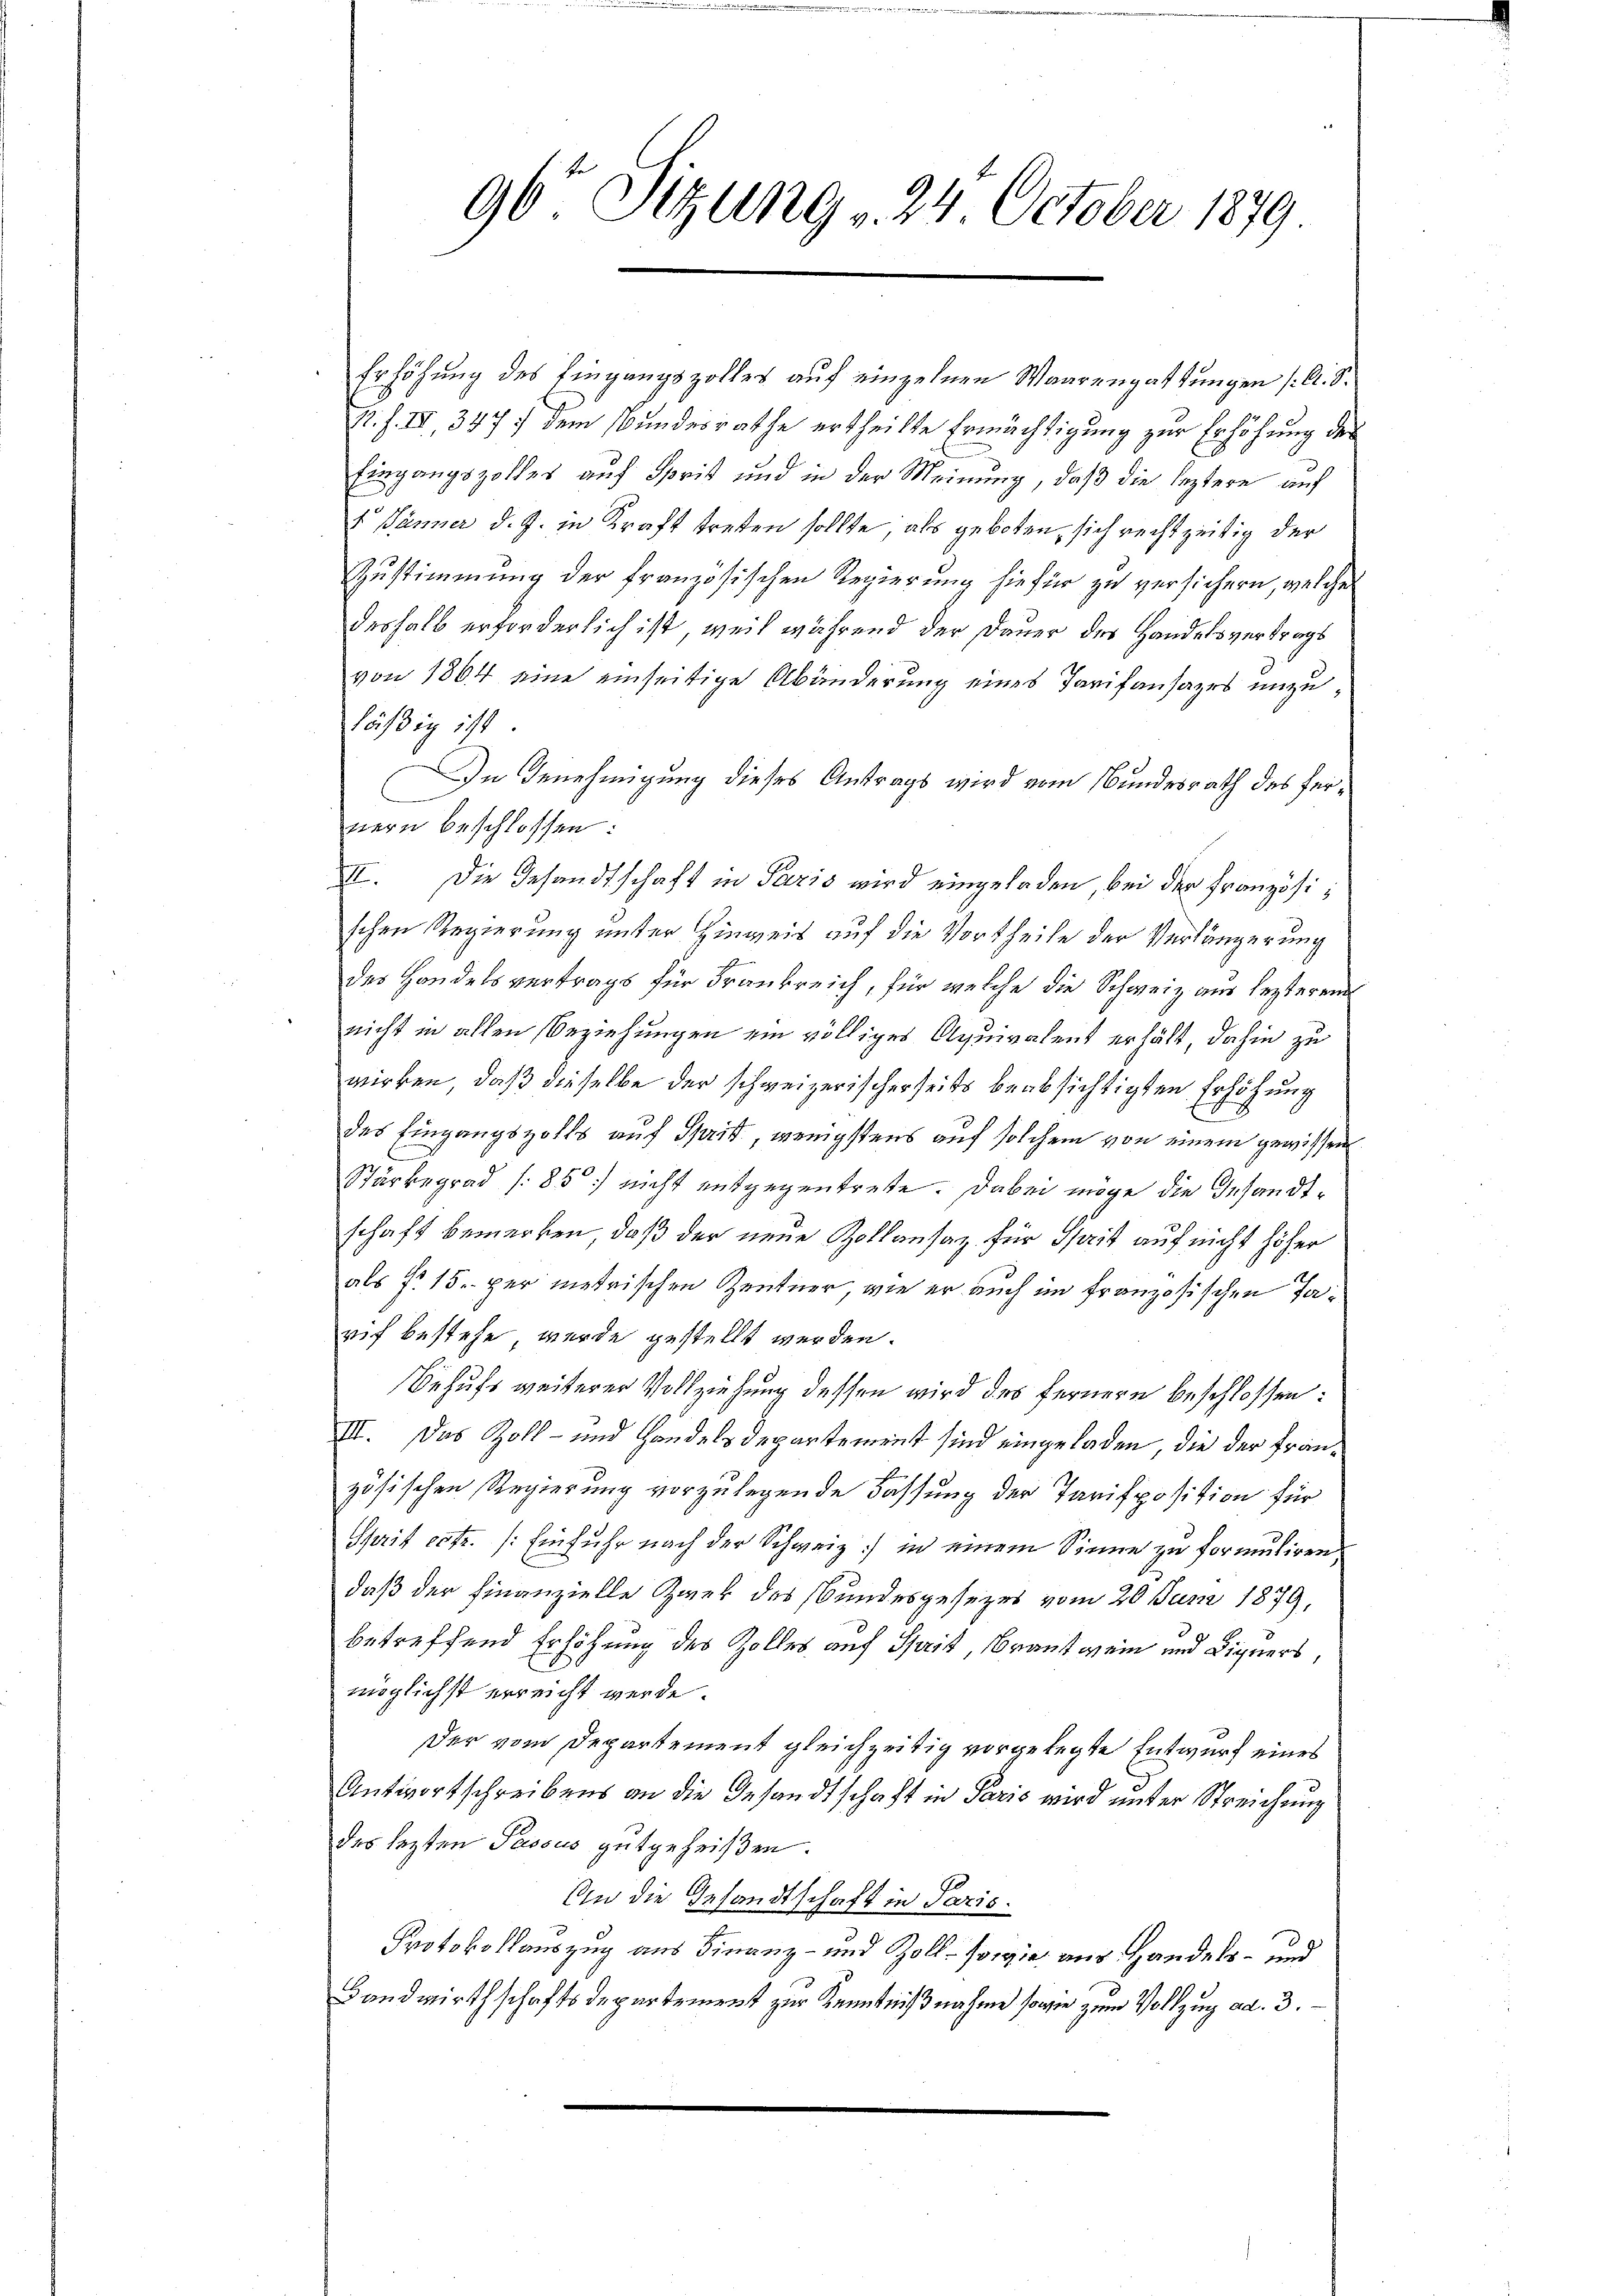
96t Sitzung v. 24. October 1879

Erhöhung des Eingangszolles auf einzelnen Waarengattungen /: A. S.
R. f. IV, 347 dem Bundesrathe ertheilte Ermächtigung zur Erhöhung des
Eingangszolles auf Sprit und in der Meinung, daß die leztere auf
1 Jänner d. J. in Kraft treten sollte, als geboten, sich rechtzeitig der
Zustimmung der französischen Regierung hiefür zu versichern, welche
deshalb erforderlich ist, weil während der Dauer des Handelsvertrags
von 1864 eine einseitige Abänderung eines Tarifansazes unzuläßig ist
In Genehmigung dieses Antrags wird vom Bundesrath des fernern beschlossen:
II. Die Gesandtschaft in Paris wird eingeladen, bei der Französischen Regierung unter Hinweit auf die Vortheile der Verlängerung
E
des Handelsvertrags für Frankreich, für welche die Schweiz aus lezterem
nicht in allen Beziehungen ein völliges Aquivalent erhält, dahin zu
wirken, daß dieselbe der schweizerischerseits beabsichtigten Erhöhung
des Eingangszolls auf Sprit, wenigstens auf solchem von einem gewissen
Stärbegrad (85) nicht entgegentrete. Dabei möge die Gesandtschaft bemerken, daß der neue Zollonsatz für Sprit auf nicht höher
als fr. 15. per metrischen Zentner, wie er auch im französischen Tarif bestehe, wurde gestellt werden.
Behufs weiterer Vollziehung dessen wird des fernern beschlossen:
III. Das Zoll- und Handelsdepartement sind eingeladen, die der Französischen Regierung vorzulegende Fassung der Tarifposition für
Sprit extr. (Einfuhr nach der Schweiz) in einem Sinne zu formutiren
daß der Finanzielle Zwek des Bundesgesezes vom 20. Juni 1879,
betreffend Erhöhung des Zolles auf Sprit, Braut wein und Digners,
möglichst erreicht werde.
Der vom Departement gleichzeitig vorgelegte Entwurf eines
Antwortschreibens an die Gesandtschaft in Paris wird unter Streichung
des letzten Passus gutgeheißen.
An die Gesandtschaft in Paris.
Protokollauszug aus Finanz- und Zoll- sowie aus Handels- und
Handwirthschafts Departement zur Kenntnißnahme sowie zum Vollzug ad. 3.